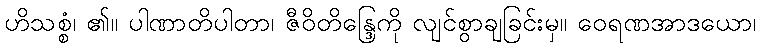
ဟိသစ္စံ၊ ၏။ ပါဏာတိပါတာ၊ ဇီဝိတိန္ဒြေကို လျင်စွာချခြင်းမှ။ ဝေရဏအာဒယော၊